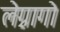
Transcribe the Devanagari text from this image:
लेग्नागो